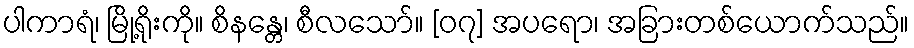
ပါကာရံ၊ မြို့ရိုးကို။ စိနန္တေ၊ စီလသော်။ [၀၇] အပရော၊ အခြားတစ်ယောက်သည်။